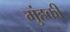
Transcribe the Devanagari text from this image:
मुंहकी